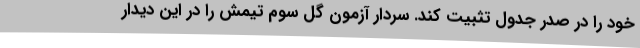
خود را در صدر جدول تثبیت کند. سردار آزمون گل سوم تیمش را در این دیدار